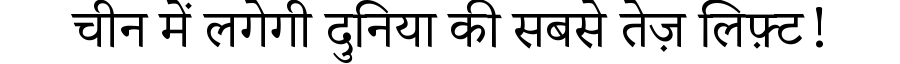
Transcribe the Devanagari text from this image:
चीन में लगेगी दुनिया की सबसे तेज़ लिफ़्ट!